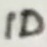
Text: ID